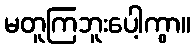
မတူကြဘူးပေါ့ကွာ။